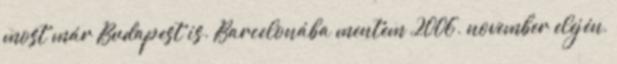
most már Budapest is. Barcelonába mentem 2006. november elején,